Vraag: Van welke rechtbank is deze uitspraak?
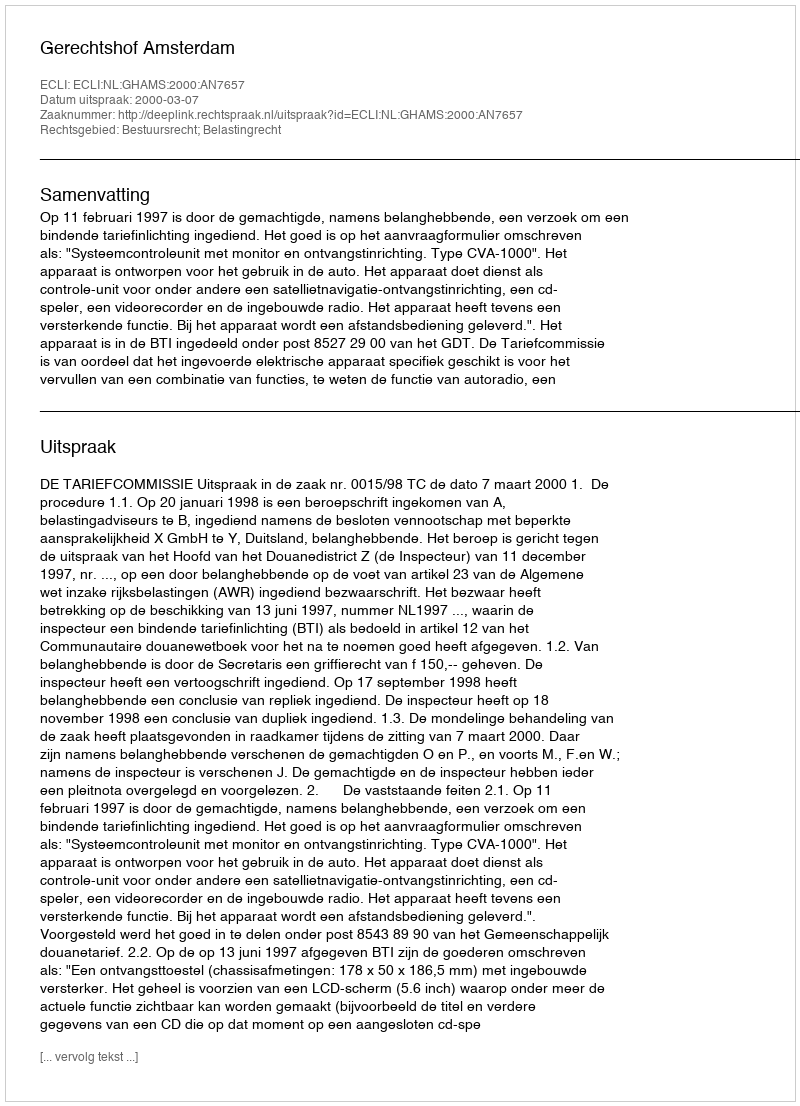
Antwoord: Gerechtshof Amsterdam